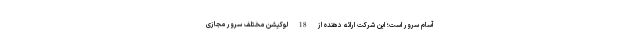
آسام سرور است؛ این شرکت ارائه دهنده از 18 لوکیشن مختلف سرور مجازی